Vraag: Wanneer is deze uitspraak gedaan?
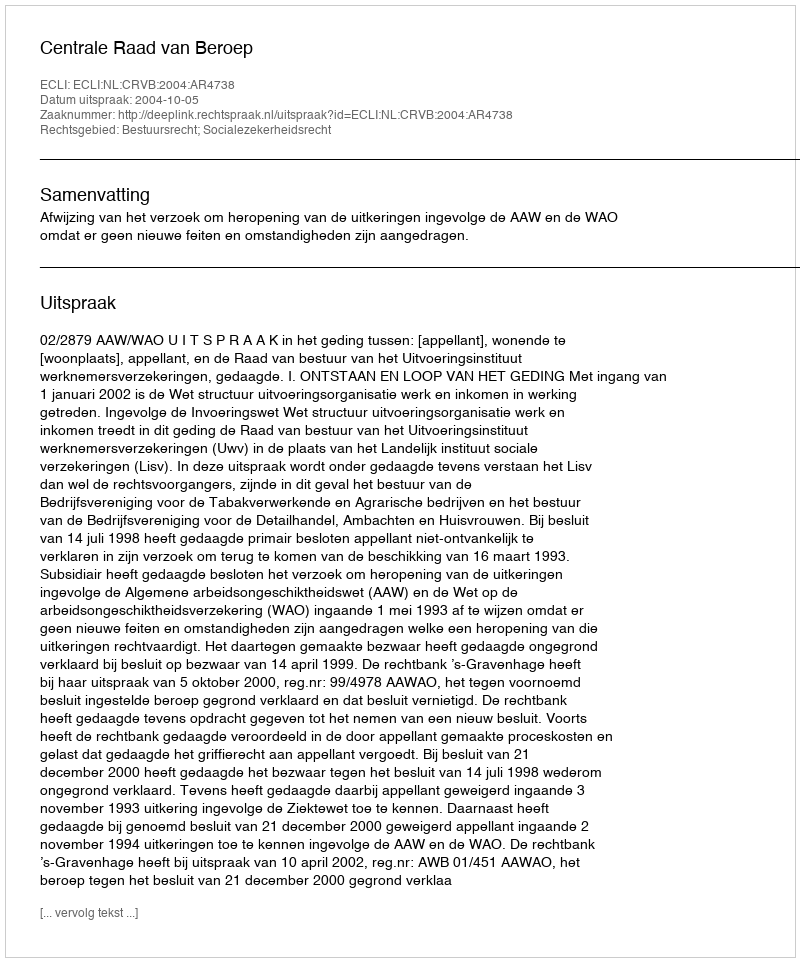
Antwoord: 2004-10-05